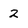
Character: 2